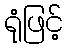
ရုံဖြင့်